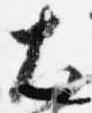
大